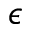
\epsilon